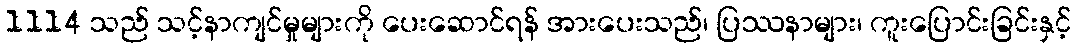
1114 သည် သင့်နာကျင်မှုများကို ပေးဆောင်ရန် အားပေးသည်၊ ပြဿနာများ၊ ကူးပြောင်းခြင်းနှင့်